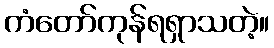
ကံတော်ကုန်ရရှာသတဲ့။